Lunatic asylums Punjab 1881-1894 - 1881-1894
Year: 1881
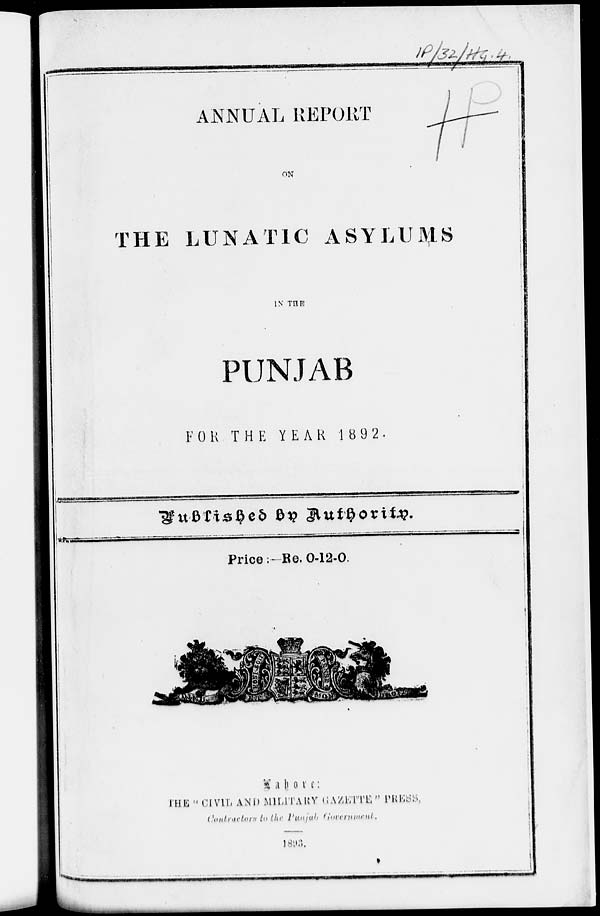
ANNUAL REPORT
ON
THE LUNATIC ASYLUMS
IN THE
PUNJAB
FOR THE YEAR 1892.
Published
by
Authority.
Price:—Re. 0-12-0.
Lahore:
THE " CIVIL AND MILITARY GAZETTE, " PRESS,
Contractors to the Punjab Government.
1893.